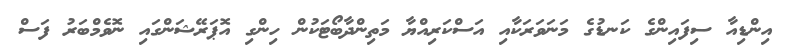
އިންޑިއާ ސިފައިންގެ ކަނޑުގެ މަނަވަރަކާއި އަސްކަރިއްޔާ މަތިންދާބޯޓަކުން ހިންގި އޮޕަރޭޝަންގައި ނޮވެމްބަރު ފަސް